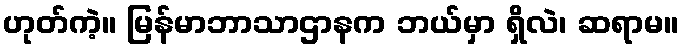
ဟုတ်ကဲ့။ မြန်မာဘာသာဌာနက ဘယ်မှာ ရှိလဲ၊ ဆရာမ။